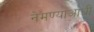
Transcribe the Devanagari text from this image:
नेमण्याआधी